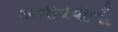
બનાવવાની